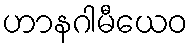
ဟာနဂါမီယေဝ